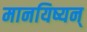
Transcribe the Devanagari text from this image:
मानयिष्यन्